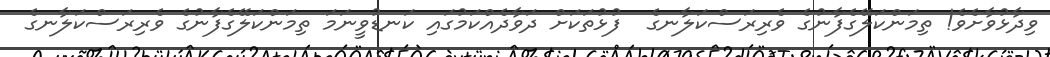
ވިދާޅުވާށެވެ! ތިމަންކަލޭގެފާނުގެ ވެރިރަސްކަލާނގެ  ފުޅުތަކަށް ދަވާދެއްކަމުގައި ކަނޑުވީނަމަ ތިމަންކަލޭގެފާނުގެ ވެރިރަސްކަލާނގެ